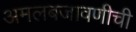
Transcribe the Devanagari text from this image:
अमलबजावणीची